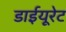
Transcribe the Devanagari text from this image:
डाईयूरेट